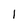
Character: l